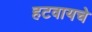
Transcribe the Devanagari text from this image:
हटवायचे